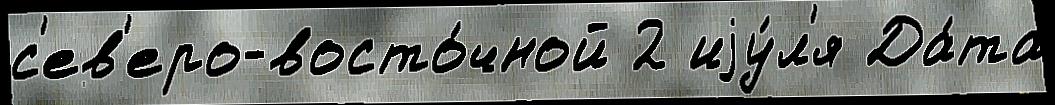
с'ев'еро-восто́чной 2 иjу́л'я Да́та